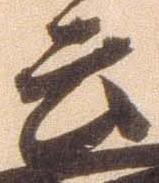
云